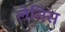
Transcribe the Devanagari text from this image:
लेनिस